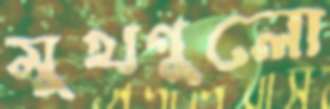
মুখগুলো